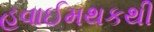
હવાઈમથકથી